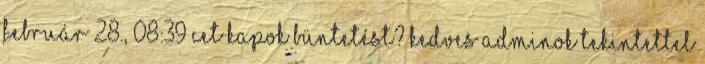
február 28., 08:39 CET Kapok büntetést? Kedves adminok Tekintettel